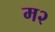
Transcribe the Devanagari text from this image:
म२